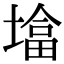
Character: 墖